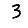
Digit: 3